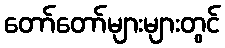
တော်တော်များများတွင်